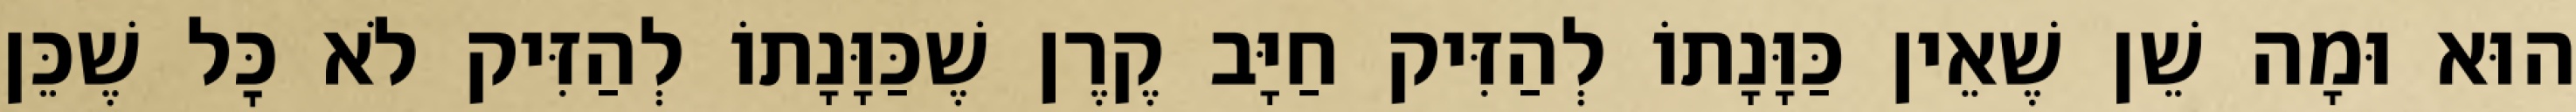
הוּא וּמָה שֵׁן שֶׁאֵין כַּוָּנָתוֹ לְהַזִּיק חַיָּב קֶרֶן שֶׁכַּוָּנָתוֹ לְהַזִּיק לֹא כׇּל שֶׁכֵּן